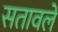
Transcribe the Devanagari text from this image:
सतावले